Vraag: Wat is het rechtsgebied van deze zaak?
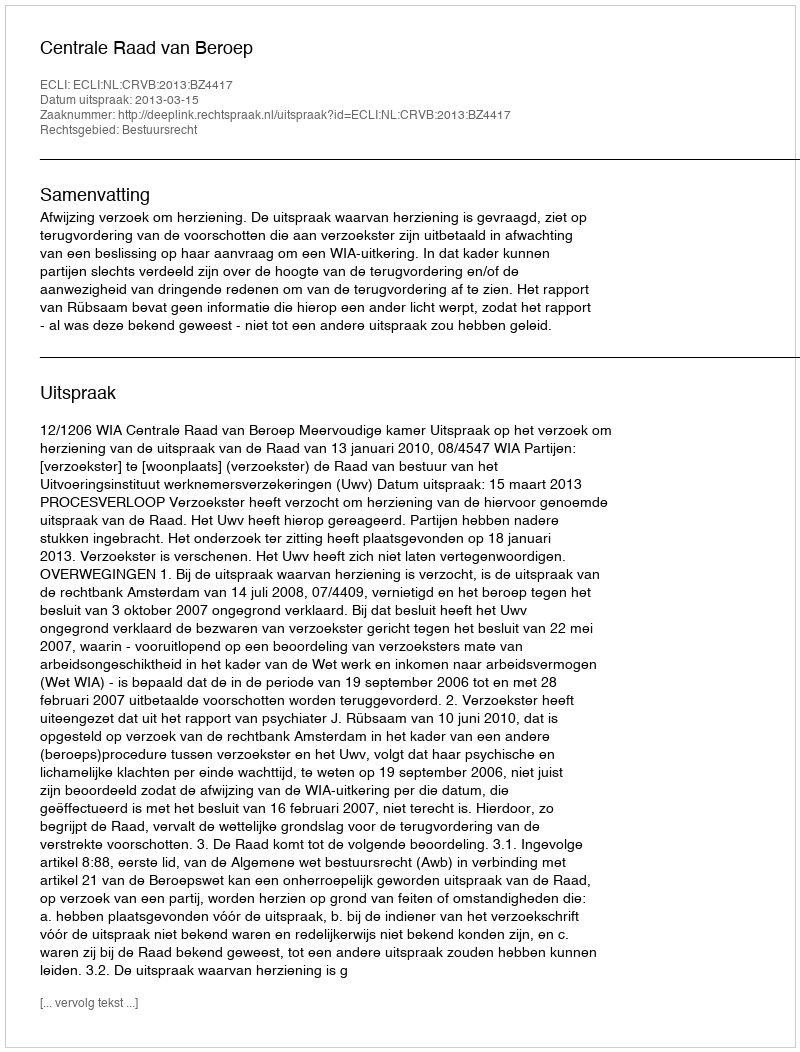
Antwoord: Bestuursrecht